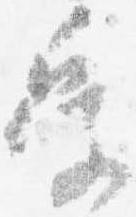
受